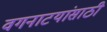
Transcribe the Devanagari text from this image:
वगनाटयांसाठी